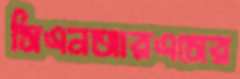
সিএনআরএসের